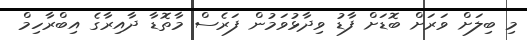
މި ބިލަށް ވަރަށް ބޮޑަށް ފާޑު ވިދާޅުވަމުން ފަރެސް މާތޮޑާ ދާއިރާގެ އިބްރާހިމް